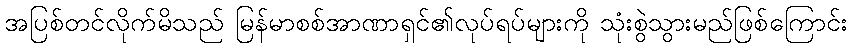
အပြစ်တင်လိုက်မိသည် မြန်မာစစ်အာဏာရှင်၏လုပ်ရပ်များကို သုံးစွဲသွားမည်ဖြစ်ကြောင်း